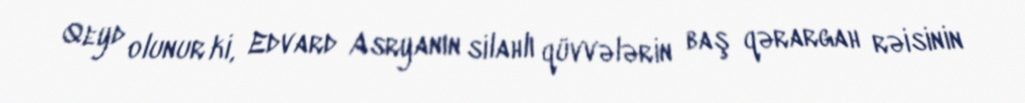
Qeyd olunur ki, Edvard Asryanın silahlı qüvvələrin baş qərargah rəisinin